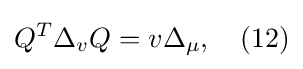
Q^{T}\Delta _{v}Q=v\Delta _{\mu },\quad (12)